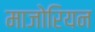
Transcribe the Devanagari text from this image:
माजोरियन